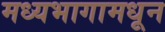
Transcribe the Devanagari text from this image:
मध्यभागामधून